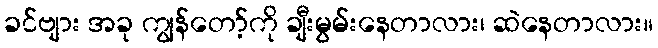
ခင်ဗျား အခု ကျွန်တော့်ကို ချီးမွမ်းနေတာလား၊ ဆဲနေတာလား။